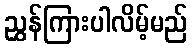
ညွှန်ကြားပါလိမ့်မည်